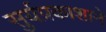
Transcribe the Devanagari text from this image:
सुर्यप्रकाशाने